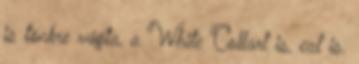
is tönkre vágta, a White Collart is, ezt is.